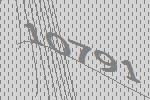
10791